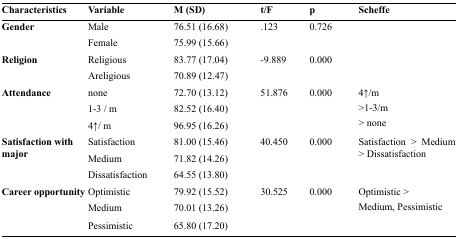
<table><thead><tr><td><b>Characteristics</b></td><td><b>Variable</b></td><td><b>M (SD)</b></td><td><b>t/F</b></td><td><b>p</b></td><td><b>Scheffe</b></td></tr></thead><tbody><tr><td rowspan="2"><b>Gender</b></td><td>Male</td><td>76.51 (16.68)</td><td>.123</td><td>0.726</td><td>[EMPTY_CELL]</td></tr><tr><td>Female</td><td>75.99 (15.66)</td><td>[EMPTY_CELL]</td><td>[EMPTY_CELL]</td><td>[EMPTY_CELL]</td></tr><tr><td rowspan="2"><b>Religion</b></td><td>Religious</td><td>83.77 (17.04)</td><td>-9.889</td><td>0.000</td><td>[EMPTY_CELL]</td></tr><tr><td>Areligious</td><td>70.89 (12.47)</td><td>[EMPTY_CELL]</td><td>[EMPTY_CELL]</td><td>[EMPTY_CELL]</td></tr><tr><td rowspan="3"><b>Attendance</b></td><td>none</td><td>72.70 (13.12)</td><td>51.876</td><td>0.000</td><td>4↑/m</td></tr><tr><td>1-3 / m</td><td>82.52 (16.40)</td><td>[EMPTY_CELL]</td><td>[EMPTY_CELL]</td><td>&gt;1-3/m</td></tr><tr><td>4↑/m</td><td>96.95 (16.26)</td><td>[EMPTY_CELL]</td><td>[EMPTY_CELL]</td><td>&gt; none</td></tr><tr><td rowspan="3"><b>Satisfaction with major</b></td><td>Satisfaction</td><td>81.00 (15.46)</td><td>40.450</td><td>0.000</td><td>Satisfaction &gt; Medium</td></tr><tr><td>Medium</td><td>71.82 (14.26)</td><td>[EMPTY_CELL]</td><td>[EMPTY_CELL]</td><td>&gt; Dissatisfaction</td></tr><tr><td>Dissatisfaction</td><td>64.55 (13.80)</td><td>[EMPTY_CELL]</td><td>[EMPTY_CELL]</td><td>[EMPTY_CELL]</td></tr><tr><td rowspan="3"><b>Career opportunity</b></td><td>Optimistic</td><td>79.92 (15.52)</td><td>30.525</td><td>0.000</td><td>Optimistic &gt;</td></tr><tr><td>Medium</td><td>70.01 (13.26)</td><td>[EMPTY_CELL]</td><td>[EMPTY_CELL]</td><td>Medium, Pessimistic</td></tr><tr><td>Pessimistic</td><td>65.80 (17.20)</td><td>[EMPTY_CELL]</td><td>[EMPTY_CELL]</td><td>[EMPTY_CELL]</td></tr></tbody></table>